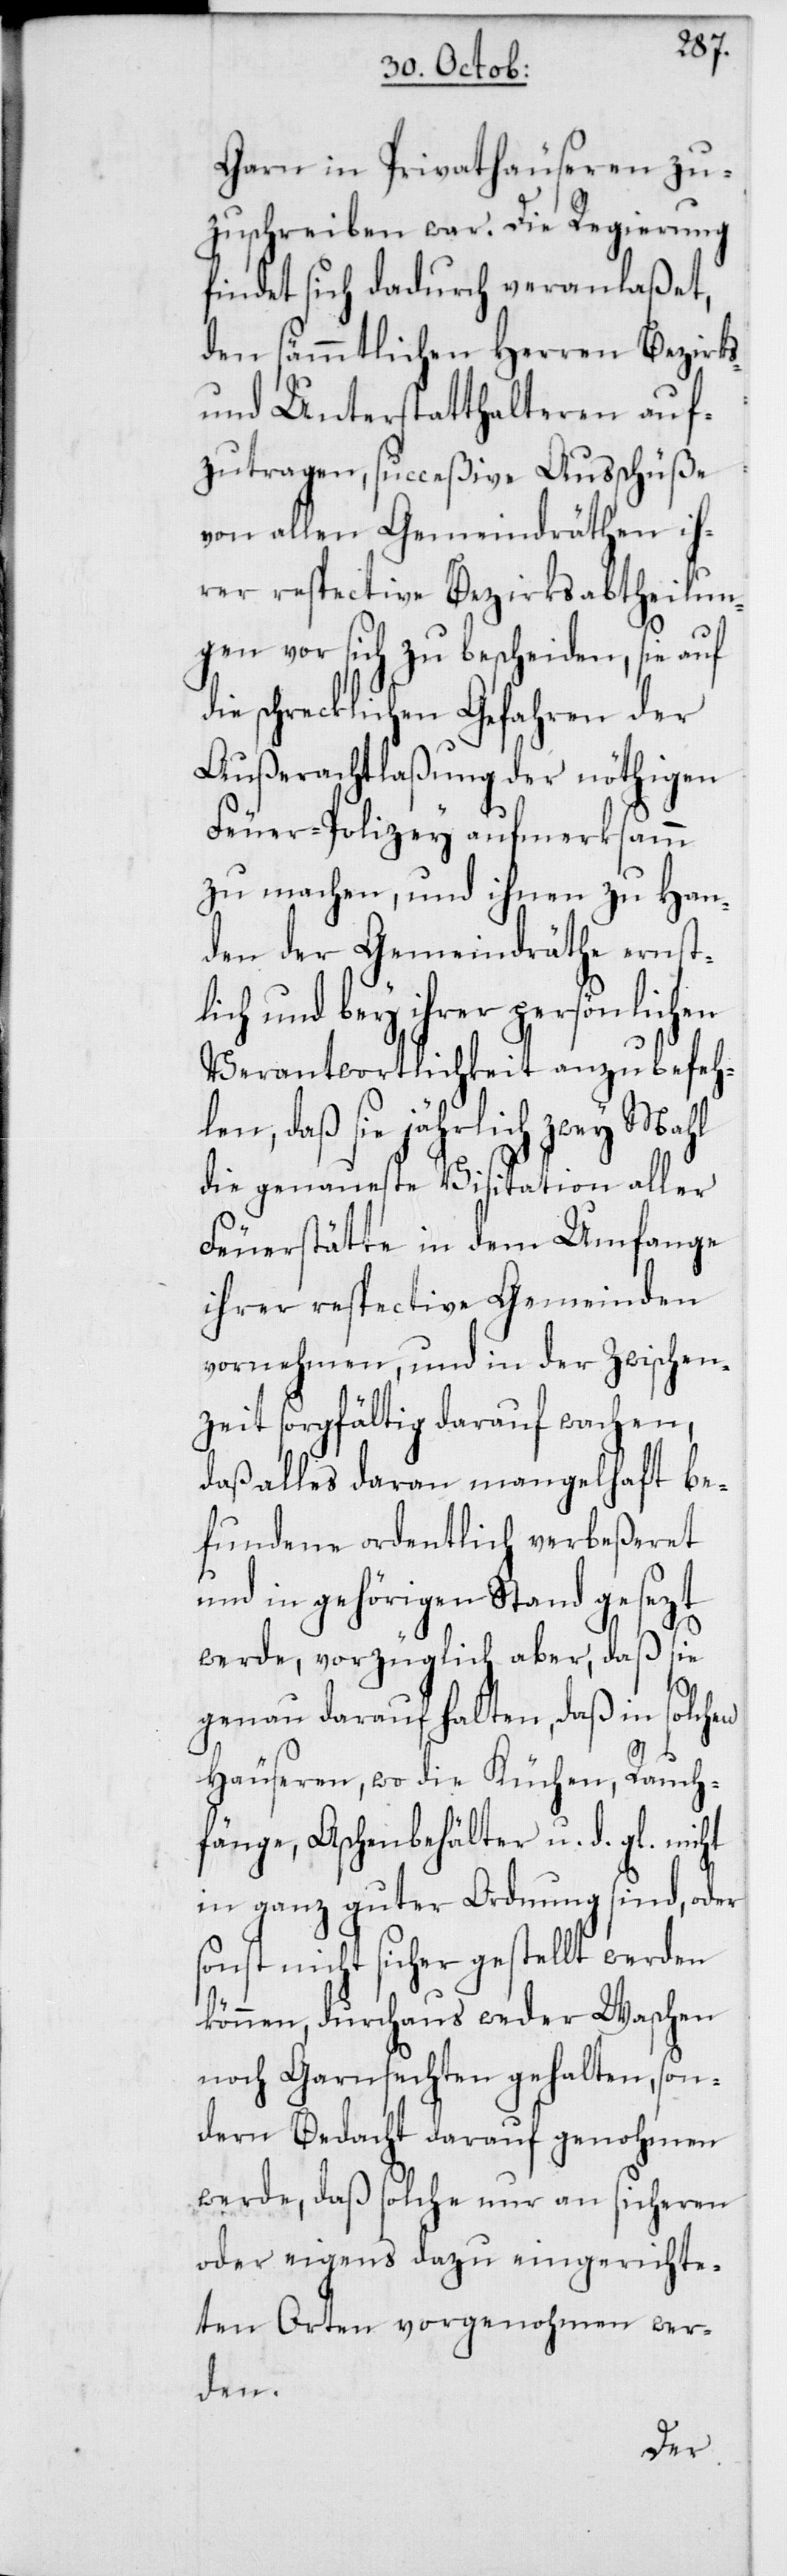
Garn in Privathäuseren zu¬
zuschreiben war. Die Regierung
findet sich dadurch veranlaßet,
den sämmtlichen Herren Bezirks-
und Unterstatthalteren auf¬
zutragen, succeßive Ausschüße
von allen Gemeindräten ih¬
rer respective Bezirksabtheilun¬
gen vor sich zu bescheiden, sie auf
ie schrecklichen Gefahren der
Außerachtlaßung der nöthigen
Feuer-Polizey aufmerksamm
zu machen, und ihnen zu Han¬
den der Gemeindräthe ernstl¬
ich und bey ihrer persönlichen
Verantwortlichkeit anzubefeh¬
len, daß sie jährlich zwey Mahl
die genaueste Visitation aller
Feuerstätte in dem Umfange
ihrer respective Gemeinden
vornehmen, und in der Zwischen¬
zeit sorgfältig darauf wachen,
daß alles daran mangelhaft be¬
fundene ordentlich verbeßeret
und in gehörigen Stand gesezt
werde, vorzüglich aber, daß sie
genau darauf halten, daß in solchen
d¬
Häuseren, wo die Küchen, Rauch¬
fänge, Aschenbehälter u. d. gl. nicht
in ganz guter Ordnung sind, oder
sonst nicht sicher gestellt werden
können, durchaus weder Waschen
noch Garnsechten gehalten, son¬
dern Bedacht darauf genohmen
werde, daß solche nur an sicheren
oder eigens dazu eingerichte¬
ten Orten vorgenohmen wer¬
den.